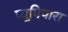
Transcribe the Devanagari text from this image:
प्यूपिपारा